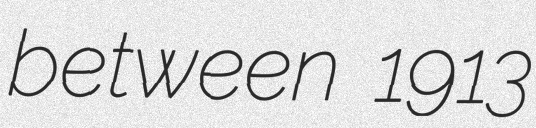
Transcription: between 1913